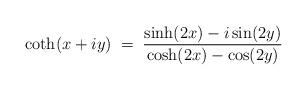
LaTeX: \begin{align*}\coth (x+iy) \; = \;\frac{\sinh (2x) - i \sin (2y)}{\cosh (2x) - \cos (2y)}\end{align*}